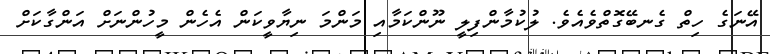
އޭނަގެ ހިތް ގެނބޭގޮތްވެއެވެ. ލުކުމާންފިލީ ނޫންކަމާއި މަންމަ ނިޔާވީކަން އެހެން މީހުންނަށް އަންގާކަށް